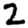
Digit: 2